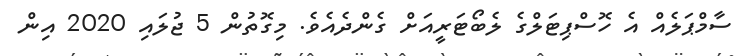
ސާމްޕަލެއް އެ ހޮސްޕިޓަލްގެ ލެބޯޓަރީއަށް ގެންދެއެވެ. މިގޮތުން 5 ޖުލައި 2020 އިން